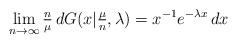
LaTeX: \begin{align*}\lim_{n\to\infty} \tfrac{n}{\mu} \, dG(x\vert \tfrac{\mu}{n},\lambda) &= x^{-1}e^{-\lambda x}\, dx \end{align*}